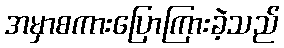
အမှာစကားပြောကြားခဲ့သည်